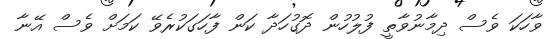
ވާހަކަ ވެސް ދިމާނުވާތީ ފުލުހުން ދޮގުހަދާ ކަން ފާހަގަކުރެވޭ ކަމަށް ވެސް އޭނާ